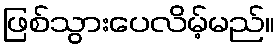
ဖြစ်သွားပေလိမ့်မည်။